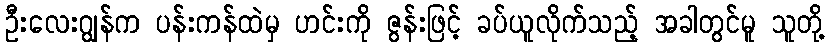
ဦးလေးဂျွန်က ပန်းကန်ထဲမှ ဟင်းကို ဇွန်းဖြင့် ခပ်ယူလိုက်သည့် အခါတွင်မူ သူတို့